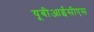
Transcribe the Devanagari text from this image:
यूबीआईसीएस